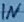
Text: IN